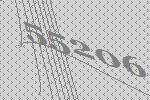
55206